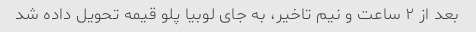
بعد از ۲ ساعت و نیم تاخیر، به جای لوبیا پلو قیمه تحویل داده شد